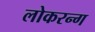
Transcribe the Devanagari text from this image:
लोकरन्ग